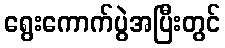
ရွေးကောက်ပွဲအပြီးတွင်